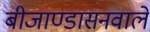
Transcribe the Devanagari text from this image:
बीजाण्डासनवाले